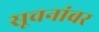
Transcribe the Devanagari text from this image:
सूचनांवर